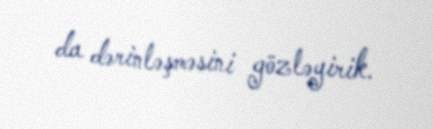
da dərinləşməsini gözləyirik.